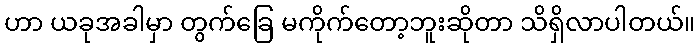
ဟာ ယခုအခါမှာ တွက်ခြေ မကိုက်တော့ဘူးဆိုတာ သိရှိလာပါတယ်။